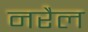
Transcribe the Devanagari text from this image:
नरैल